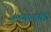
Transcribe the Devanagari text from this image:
सप्तगण्डकी